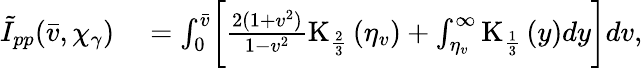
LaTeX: \begin{array}{rl}{\tilde{I}_{pp}(\bar{v},\chi_{\gamma})}&{{}=\int_{0}^{\bar{v}}\biggl[\frac{2(1+v^{2})}{1-v^{2}}\mathrm{K}_{\frac{2}{3}}\left(\eta_{v}\right)+\int_{\eta_{v}}^{\infty}\mathrm{K}_{\frac{1}{3}}\left(y\right)dy\biggr]dv,}\end{array}